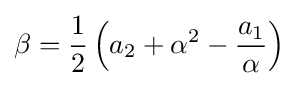
\beta ={\frac {1}{2}}\left(a_{2}+\alpha ^{2}-{\frac {a_{1}}{\alpha }}\right)